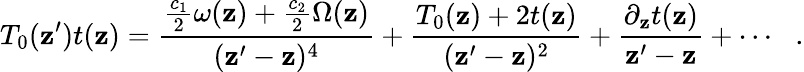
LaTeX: T_{0}(\mathbf{z}^{\prime})t(\mathbf{z})=\frac{{\frac{{c_{1}}}{{2}}\omega(\mathbf{z})+\frac{{c_{2}}}{{2}}\Omega(\mathbf{z})}}{{(\mathbf{z}^{\prime}-\mathbf{z})^{4}}}+\frac{{T_{0}(\mathbf{z})+2t(\mathbf{z})}}{{(\mathbf{z}^{\prime}-\mathbf{z})^{2}}}+\frac{{\partial_{\mathbf{z}}t(\mathbf{z})}}{{\mathbf{z}^{\prime}-\mathbf{z}}}+\cdots\: \: \: .